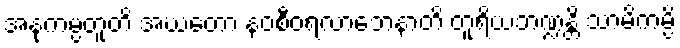
အနုကမ္ပတူတိ အဃတော နဝစီဝရလာဘေနာတိ တူရိယဘဏ္ဍန္တိ သာမိကမ္ပိ